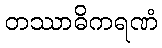
တဿာဓိကရဏံ